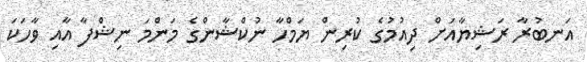
އަނބުރާ ރަޝިޔާއަށް ދިއުމުގެ ކުރިން ޔަމްހާ ނުކްޝާންގެ މަންމަ ނިޝްފާ އާއި ވާހަކަ